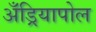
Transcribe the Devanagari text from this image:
अँड्रियापोल